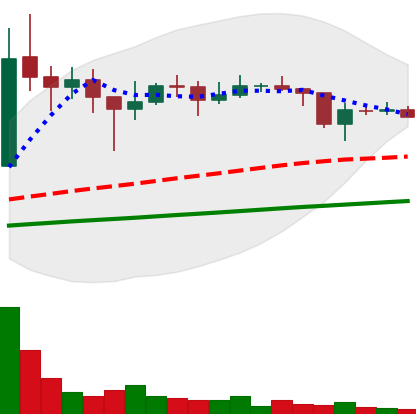
Ticker: XLM-USD
Chart end date: 2021-01-25
Forward return: 23.91%
Label: up_7plus